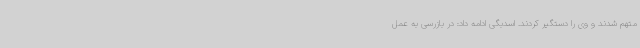
متهم شدند و وی را دستگیر کردند. اسدبگی ادامه داد: در بازرسی به عمل